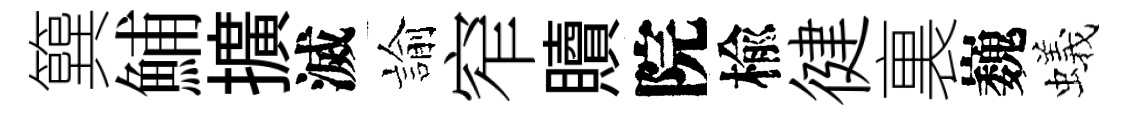
簨鯆擴滅諭窄贖院楡徤裏巍蟻